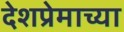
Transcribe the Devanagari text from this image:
देशप्रेमाच्या